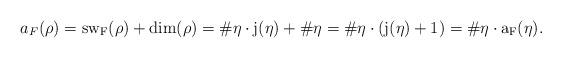
LaTeX: \begin{align*} a_F(\rho)=\rm{sw}_F(\rho)+\rm{dim}(\rho)=\#\eta\cdot j(\eta)+\#\eta=\#\eta\cdot (j(\eta)+1)=\#\eta\cdot a_F(\eta).\end{align*}